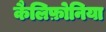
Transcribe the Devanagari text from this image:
कैलिफ़ोनिया